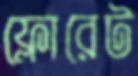
ফ্লোরেট